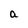
Character: a